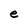
Character: e